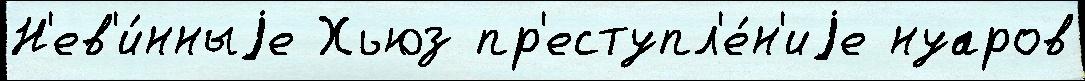
Н'ев'и́нныjе Хьюз пр'еступл'е́н'иjе нуаров